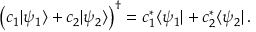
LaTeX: { \bigl ( } c _ { 1 } | \psi _ { 1 } \rangle + c _ { 2 } | \psi _ { 2 } \rangle { \bigr ) } ^ { \dagger } = c _ { 1 } ^ { * } \langle \psi _ { 1 } | + c _ { 2 } ^ { * } \langle \psi _ { 2 } | \, .